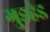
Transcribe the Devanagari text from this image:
गुडहेड